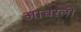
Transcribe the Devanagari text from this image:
आचरली